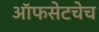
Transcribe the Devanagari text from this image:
ऑफसेटचेच